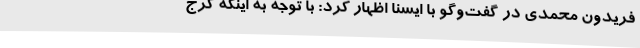
فریدون محمدی در گفت‌وگو با ایسنا اظهار کرد: با توجه به اینکه کرج